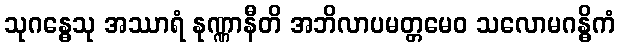
သုဂန္ဓေသု အဿာရံ နုဏ္ဏာနီတိ အဘိလာပမတ္တမေဝ သလောမဂန္ဓိကံ